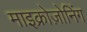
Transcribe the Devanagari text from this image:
माइक्रोज़ोनिंग